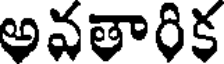
అవతారిక